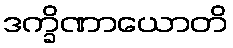
ဒက္ခိဏာယောတိ